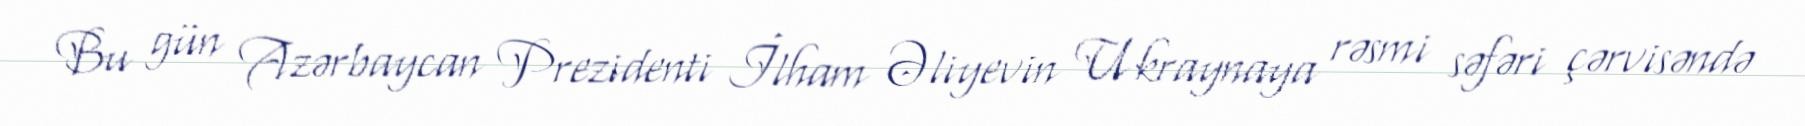
Bu gün Azərbaycan Prezidenti İlham Əliyevin Ukraynaya rəsmi səfəri çərvisəndə